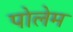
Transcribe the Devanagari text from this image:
पोलेम